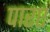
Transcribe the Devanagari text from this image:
पारए